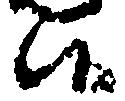
候